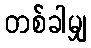
တစ်ခါမျှ